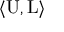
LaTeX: \langle { \mathrm { U } } , { \mathrm { L } } \rangle